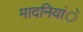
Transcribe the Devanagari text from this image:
मादनियांे